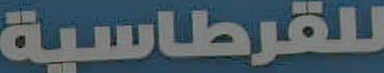
للقرطاسية